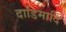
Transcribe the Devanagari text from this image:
दाडिमादि